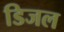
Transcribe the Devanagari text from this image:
डिजल